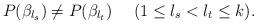
LaTeX: \begin{align*} P(\beta_{l_{s}})\not=P(\beta_{l_{t}})~~~~(1\leq l_{s}< l_{t}\leq k).\end{align*}